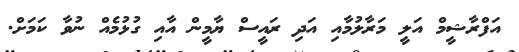
އަފްރާޝީމް އަލީ މަރާލުމާއި އަދި ރައީސް ޔާމީން އާއި ގުޅުމެއް ނުވާ ކަމަށް.